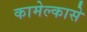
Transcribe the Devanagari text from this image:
कामेल्कासे